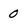
Character: 0